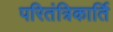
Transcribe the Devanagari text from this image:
परितंत्रिकार्ति